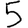
Digit: 5